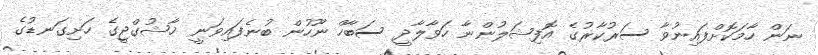
ނަން ހާމަކޮށްފައިނުވާ ސަރުކާރުގެ އޮފިޝަލުންނާ ހަވާލާދީ ސަބާހް ނޫހުން ބުނެފައިވަނީ ޚާޝުގްޖީގެ ހަށިގަނޑުގެ